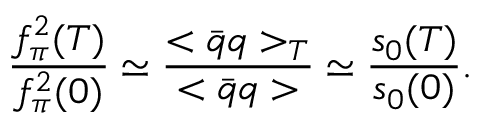
\frac { f _ { \pi } ^ { 2 } ( T ) } { f _ { \pi } ^ { 2 } ( 0 ) } \simeq \frac { < \bar { q } q > _ { T } } { < \bar { q } q > } \simeq \frac { s _ { 0 } ( T ) } { s _ { 0 } ( 0 ) } .